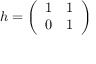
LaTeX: h = { \left( \begin{array} { l l } { 1 } & { 1 } \\ { 0 } & { 1 } \end{array} \right) }